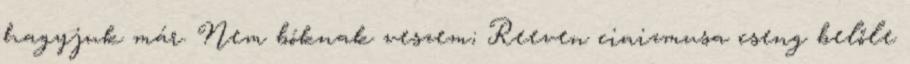
hagyjuk már. Nem bóknak veszem; Reeven cinizmusa cseng belőle